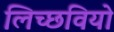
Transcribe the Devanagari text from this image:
लिच्छवियो